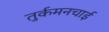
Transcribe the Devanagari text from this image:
तुर्कमनचाई